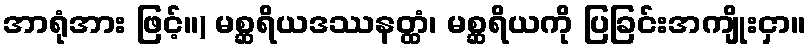
အာရုံအား ဖြင့်။) မစ္ဆရိယဒဿနတ္ထံ၊ မစ္ဆရိယကို ပြခြင်းအကျိုးငှာ။